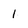
Character: I